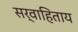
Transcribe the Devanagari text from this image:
सर्वाहिताय